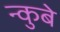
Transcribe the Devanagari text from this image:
न्कुबे